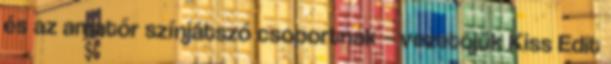
és az amatőr színjátszó csoportnak – vezetőjük Kiss Edit